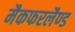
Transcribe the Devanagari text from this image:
मैकफरलैण्ड